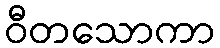
ဝီတသောကာ